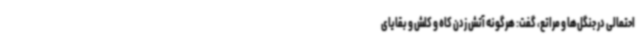
احتمالی در جنگل‌ها و مراتع، گفت: هرگونه آتش زدن کاه و کلش و بقایای